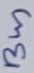
Text: Bus